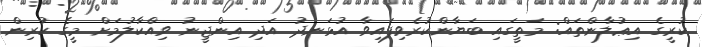
ކުރީގެ އިޢުލާންތައް: މަތީގައި ބަޔާންކުރެވިފައިވާ އުޅަނދު އަދި އިންޖީނު ވިއްކާލުމަށް މީގެ ކުރިން